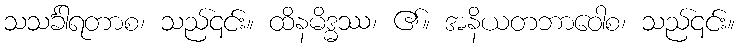
သသင်္ခါရတာစ၊ သည်၎င်း။ ထိနမိဒ္ဓဿ၊ ၏။ အနိယတဘာဝေါစ၊ သည်၎င်း။